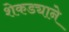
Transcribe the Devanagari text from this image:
शेकड्याने